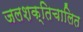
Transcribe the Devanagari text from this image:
जलशक्तिचालित